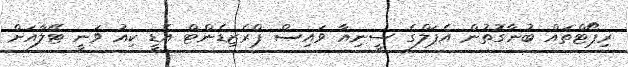
ރިޕޯޓްތައް ބުނާގޮތުން އެޕަލްގެ ސީނިއާ ވައިސް ޕްރެޒިޑެންޓް އެޑީ ކިއު ވަނީ ޓޭލާއަށް